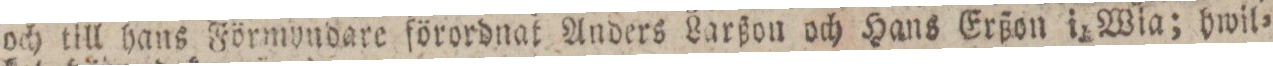
och till hans Förmyndare förordnat Anders Larßon och Hans Erßon i. Wia; hwil=